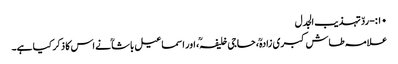
۱۰:-ردّ تہذیب الجدل
علامہ طاش کبری زادہؒ، حاجی خلیفہؒ، اور اسماعیل باشاؒ نے اس کا ذکر کیا ہے۔